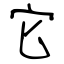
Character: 它